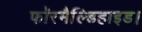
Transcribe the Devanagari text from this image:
फॉरमैल्डिहाइड।